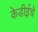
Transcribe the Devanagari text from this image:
केडीईचे